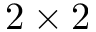
2 \times 2